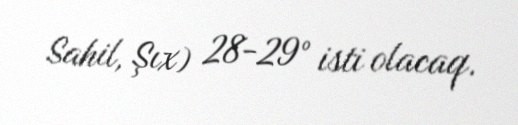
Sahil, Şıx) 28-29° isti olacaq.